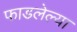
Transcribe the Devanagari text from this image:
फाडलेल्या